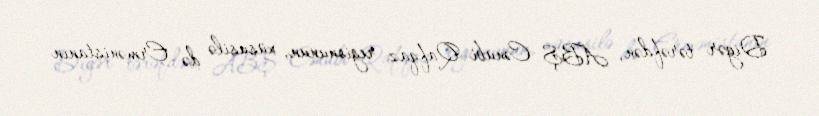
Digər tərəfdən, ABŞ Cənubi Qafqaz regionunun, xüsusilə də Ermənistanın